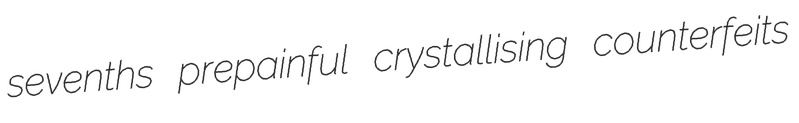
sevenths prepainful crystallising counterfeits